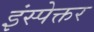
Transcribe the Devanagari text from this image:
इंस्पेक्तर